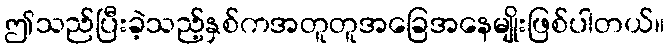
ဤသည်ပြီးခဲ့သည့်နှစ်ကအတူတူအခြေအနေမျိုးဖြစ်ပါတယ်။